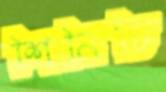
শিনিচি